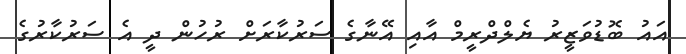
އައު ބޮޑުވަޒީރު ޔެލްދްރީމް އާއި އޭނާގެ ސަރުކާރަށް ރުހުން ދީ އެ ސަރުކާރުގެ